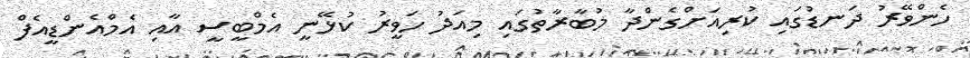
ހެންވޭރު ދަނޑުގައި ކުރިއަށްގެންދާ މުބާރާތުގައި މިއަދު ހަވީރު ކުޅޭނީ އެމްބީސީ އާއި އެމްއެންޑީއެފް